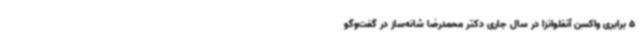
5 برابری واکسن آنفلوانزا در سال جاری دکتر محمدرضا شانه‌ساز در گفت‌وگو